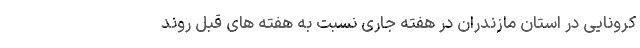
کرونایی در استان مازندران در هفته جاری نسبت به هفته های قبل روند